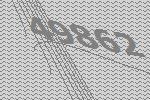
49862